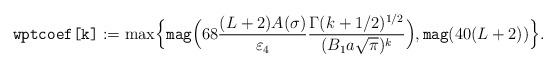
LaTeX: \begin{align*}\texttt{wptcoef[k]}:=\max\Bigl\{\texttt{mag}\Bigl(68\frac{(L +2) A(\sigma)}{\varepsilon_4}\frac{\Gamma(k+1/2)^{1/2}}{(B_1 a \sqrt{\pi})^k}\Bigr), \texttt{mag}(40(L+2))\Bigr\}.\end{align*}